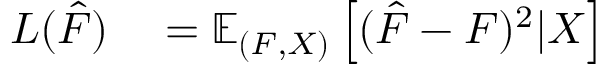
\begin{array} { r l } { L ( \hat { F } ) } & { { } = \mathbb { E } _ { ( F , X ) } \left[ ( \hat { F } - F ) ^ { 2 } | X \right] } \end{array}